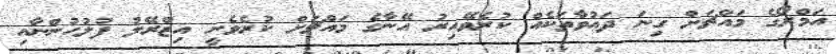
އަމްރޯގެ މައްޗަށް ގިނަ ދައުވާތަކެއް ކުރެވޭއިރު އޭނާގެ މައްޗަށް ކުރެވެނީ އިޒްރޭލު ފުލުހުންނާއި